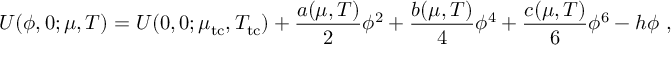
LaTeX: U ( \phi , 0 ; \mu , T ) = U ( 0 , 0 ; \mu _ { \mathrm { t c } } , T _ { \mathrm { t c } } ) + \frac { a ( \mu , T ) } { 2 } \phi ^ { 2 } + \frac { b ( \mu , T ) } { 4 } \phi ^ { 4 } + \frac { c ( \mu , T ) } { 6 } \phi ^ { 6 } - h \phi \ ,